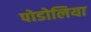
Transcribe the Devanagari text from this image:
पोडोलिया